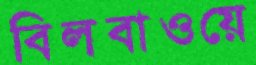
বিলবাওয়ে